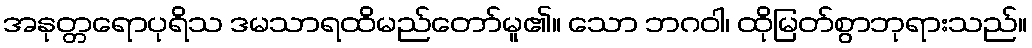
အနုတ္တရောပုရိသ ဒမသာရထိမည်တော်မူ၏။ သော ဘဂဝါ၊ ထိုမြတ်စွာဘုရားသည်။